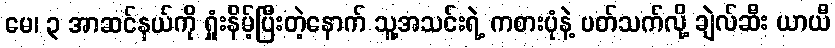
မေ၊ ၃ အာဆင်နယ်ကို ရှုံးနိမ့်ပြီးတဲ့နောက် သူ့အသင်းရဲ့ ကစားပုံနဲ့ ပတ်သက်လို့ ချဲလ်ဆီး ယာယီ